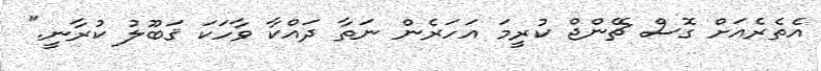
އެތެރެއަށް ގޮސް ޗޭންޖް ކުރީމަ އަހަރެން ނަތާ ދައްކާ ވާހަކަ ޤަބޫލު ކުރާނީ."